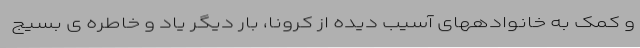
و کمک به خانوادههای آسیب دیده از کرونا، بار دیگر یاد و خاطره ی بسیج